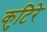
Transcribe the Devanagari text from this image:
कुटिरे